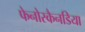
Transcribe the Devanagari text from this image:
फेनोस्कैनडिया